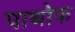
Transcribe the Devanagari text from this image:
पाथोफ